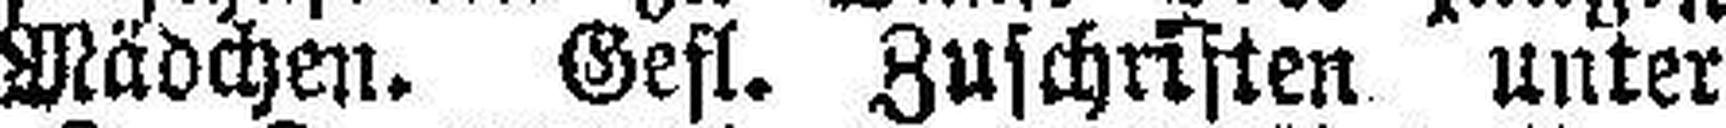
Mädchen. Gefl. Zuschriften unter